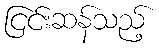
ငြင်းဆန်သည့်